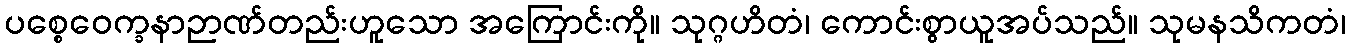
ပစ္စေဝေက္ခနာဉာဏ်တည်းဟူသော အကြောင်းကို။ သုဂ္ဂဟိတံ၊ ကောင်းစွာယူအပ်သည်။ သုမနသိကတံ၊